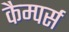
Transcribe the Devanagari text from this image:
कैम्पर्स